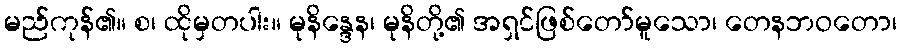
မည်ကုန်၏။ စ၊ ထိုမှတပါး။ မုနိန္ဒေန၊ မုနိတို့၏ အရှင်ဖြစ်တော်မူသော၊ တေနဘဝတော၊